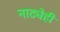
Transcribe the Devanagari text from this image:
नाट्येही